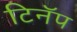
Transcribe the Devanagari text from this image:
टिनॅप